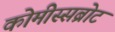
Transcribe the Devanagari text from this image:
कोमीस्सब्रोट